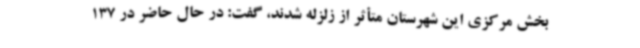
بخش مرکزی این شهرستان متأثر از زلزله شدند، گفت: در حال حاضر در 137